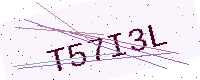
Text: T57I3L